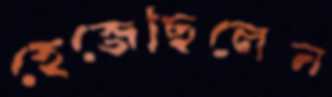
হেজেছিলেন